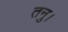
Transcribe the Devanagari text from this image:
तनु।